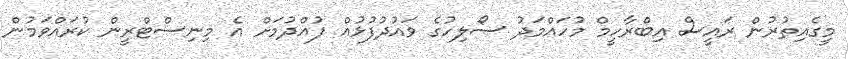
މީގެއިތުރުން ރައީސް އިބްރާހީމް މުހައްމަދު ސޯލިހުގެ ވައުދުފުޅުއް ފުއްދުމަށް އެ މިނިސްޓްރީން ކުރައްވަމުން